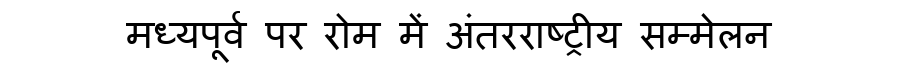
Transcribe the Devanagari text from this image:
मध्यपूर्व पर रोम में अंतरराष्ट्रीय सम्मेलन